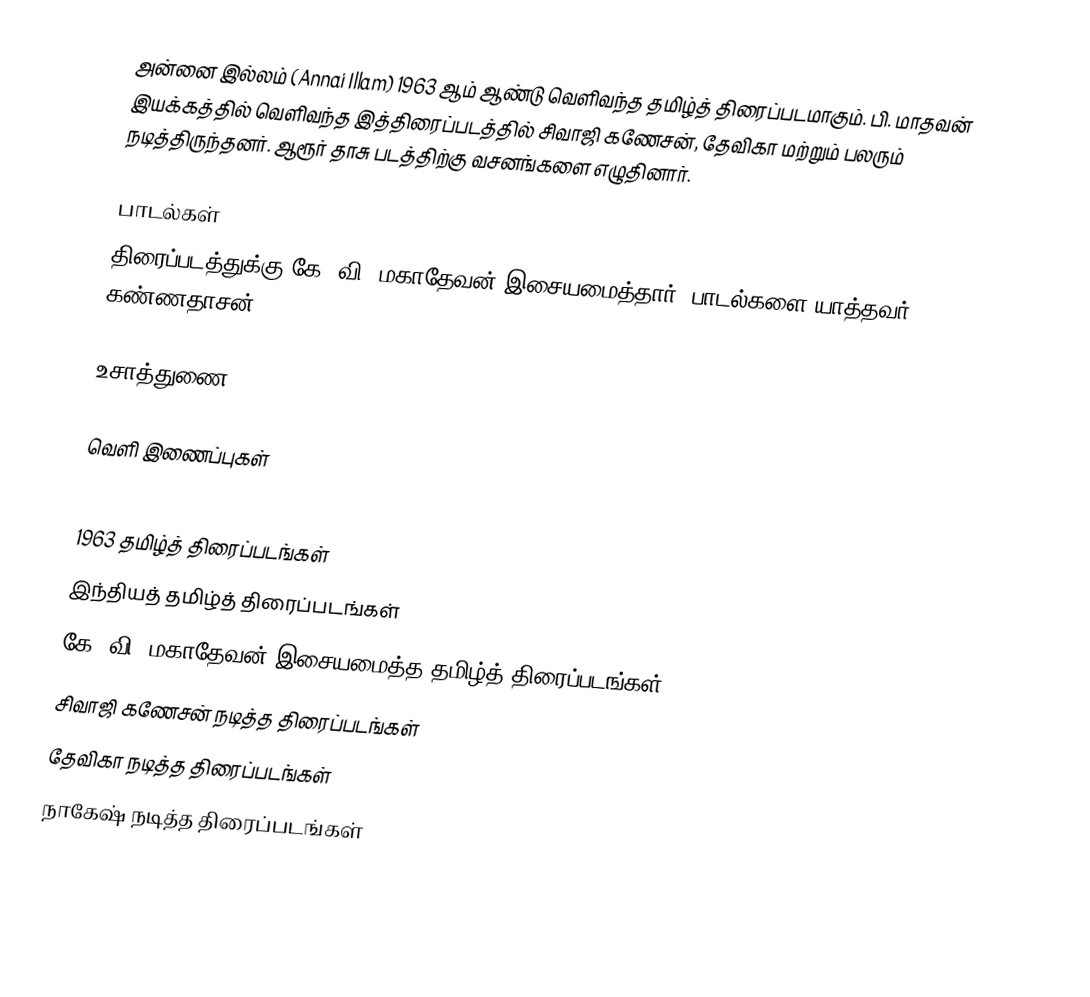
அன்னை இல்லம் (Annai Illam) 1963 ஆம் ஆண்டு வெளிவந்த தமிழ்த் திரைப்படமாகும். பி. மாதவன் இயக்கத்தில் வெளிவந்த இத்திரைப்படத்தில் சிவாஜி கணேசன், தேவிகா மற்றும் பலரும் நடித்திருந்தனர். ஆரூர் தாசு படத்திற்கு வசனங்களை எழுதினார்.

பாடல்கள்
திரைப்படத்துக்கு கே. வி. மகாதேவன் இசையமைத்தார். பாடல்களை யாத்தவர் கண்ணதாசன்.

உசாத்துணை

வெளி இணைப்புகள்

1963 தமிழ்த் திரைப்படங்கள்
இந்தியத் தமிழ்த் திரைப்படங்கள்
கே. வி. மகாதேவன் இசையமைத்த தமிழ்த் திரைப்படங்கள்
சிவாஜி கணேசன் நடித்த திரைப்படங்கள்
தேவிகா நடித்த திரைப்படங்கள்
நாகேஷ் நடித்த திரைப்படங்கள்